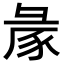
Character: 𢑡